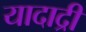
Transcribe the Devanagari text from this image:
यादाद्री